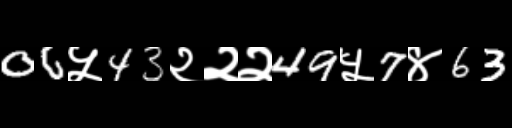
Text: 06५43२२२49५7४63